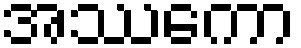
အဿကော